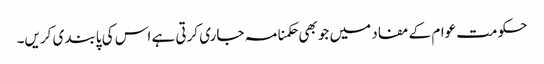
حکومت عوام کے مفاد میں جو بھی حکمنامہ جاری کرتی ہے اس کی پابندی کریں۔